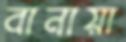
বানায়া